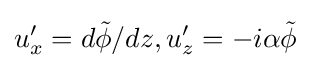
u_{x}'=d{\tilde {\phi }}/dz,u_{z}'=-i\alpha {\tilde {\phi }}